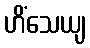
ဟိံသေယျ